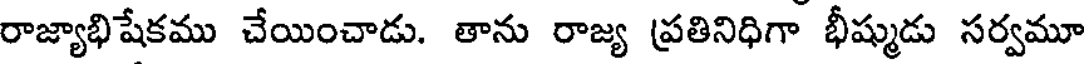
రాజ్యాభిషేకము చేయించాడు. తాను రాజ్య ప్రతినిధిగా భీష్ముడు సర్వమూ